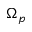
\Omega _ { p }